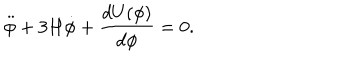
\ddot { \phi } + 3 H \dot { \phi } + \frac { d U ( \phi ) } { d \phi } = 0 .